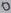
Text: 0